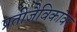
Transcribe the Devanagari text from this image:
प्रतीजैविकांवर